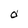
Character: d